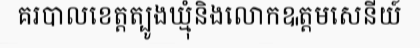
គរបាលខេត្តត្បូងឃ្មុំនិងលោកឩត្តមសេនីយ៍